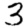
Digit: 3